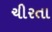
ચીરતા